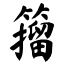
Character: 籀